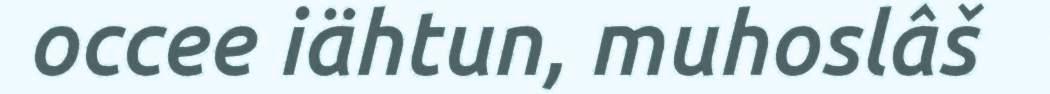
occee iähtun, muhoslâš